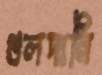
গুলদানি